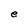
Character: e